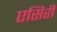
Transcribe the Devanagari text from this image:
एसिरी